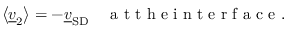
\left\langle \underline { { v } } _ { 2 } \right\rangle = - \underline { { v } } _ { \mathrm { S D } } \quad \mathrm { ~ a ~ t ~ t ~ h ~ e ~ i ~ n ~ t ~ e ~ r ~ f ~ a ~ c ~ e ~ } .